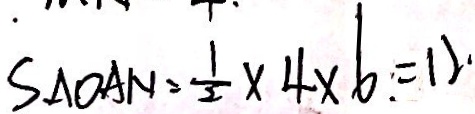
S _ { \Delta O A N } = \frac { 1 } { 2 } \times 4 \times 6 . = 1 2 .